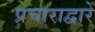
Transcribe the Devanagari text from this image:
प्रचाराद्वारे